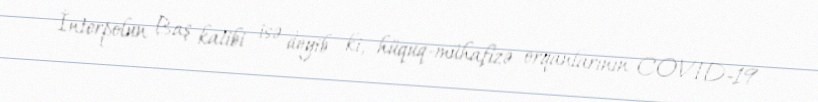
İnterpolun Baş katibi isə deyib ki, hüquq-mühafizə orqanlarının COVID-19